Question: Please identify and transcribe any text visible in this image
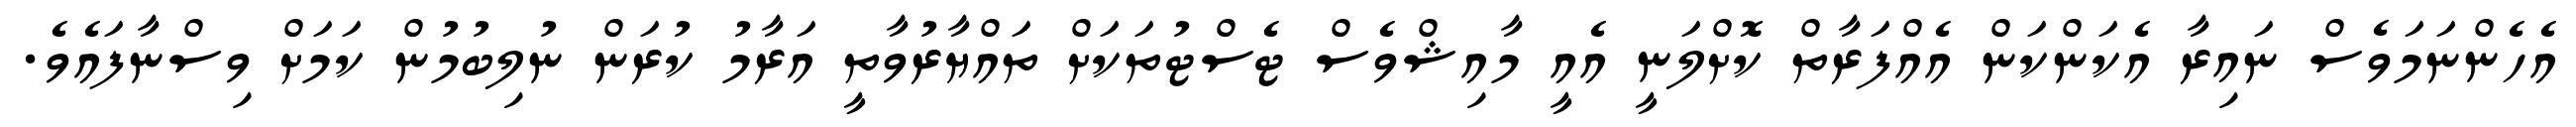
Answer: އެހެންނަމަވެސް ނައިރާ އެކަންކަން އެއްފަރާތް ކޮށްލަނީ އެއީ މާއިޝްވެސް ޓެސްޓުތަކަށް ތައްޔާރުވާތީ އަރާމު ކުރަން ނުލިބުމުން ކަމަށް ވިސްނާފައެވެ.